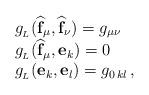
LaTeX: \begin{align*} \begin{array}{ll} g_{_L}(\widehat{\mathbf{f}}_\mu, \widehat{\mathbf{f}}_\nu) = g_{\mu\nu} \\ g_{_L}(\widehat{\mathbf{f}}_\mu, \mathbf{e}_k) = 0 \\ g_{_L}(\mathbf{e}_k,\mathbf{e}_l)=g_{0 \,kl} \, , \\ \end{array}\end{align*}